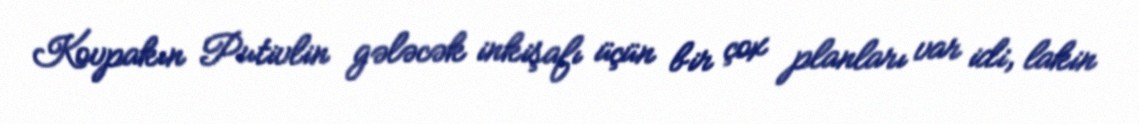
Kovpakın Putivlin gələcək inkişafı üçün bir çox planları var idi, lakin